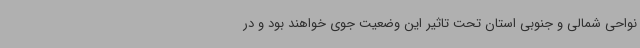
نواحی شمالی و جنوبی استان تحت تاثیر این وضعیت جوی خواهند بود و در